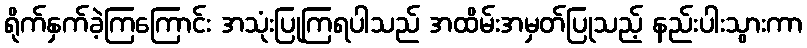
ရိုက်နှက်ခဲ့ကြကြောင်း အသုံးပြုကြရပါသည် အထိမ်းအမှတ်ပြုသည့် နည်းပါးသွားကာ